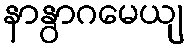
နာနွာဂမေယျ